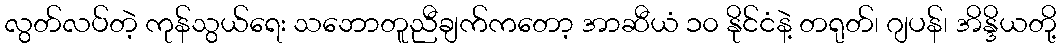
လွတ်လပ်တဲ့ ကုန်သွယ်ရေး သဘောတူညီချက်ကတော့ အာဆီယံ ၁၀ နိုင်ငံနဲ့ တရုတ်၊ ဂျပန်၊ အိန္ဒိယတို့